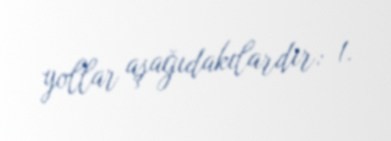
yollar aşağıdakılardır: 1.